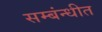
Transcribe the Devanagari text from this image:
सम्बंन्धीत